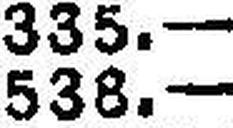
538.—